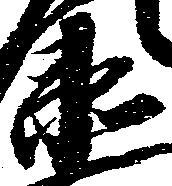
衛